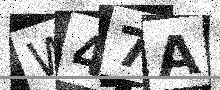
Text: W47A